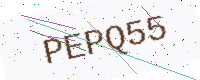
Text: PEPQ55